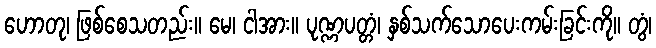
ဟောတု၊ ဖြစ်စေသတည်း။ မေ၊ ငါအား။ ပုဏ္ဏပတ္တံ၊ နှစ်သက်သောပေးကမ်းခြင်းကို။ တွံ၊